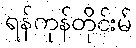
ရန်ကုန်တိုင်းမ်